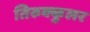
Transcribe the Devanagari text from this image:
तिरुक्कुलर